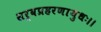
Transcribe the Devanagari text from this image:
सर्वप्रहरणायुधः।।